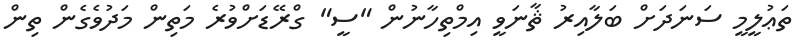
ތަޢުލީމީ ސަނަދަށް ބަލާއިރު ޘާނަވީ އިމްތިހާނުން "ސީ" ގްރޭޑަށްވުރެ މަތިން މަދުވެގެން ތިން